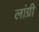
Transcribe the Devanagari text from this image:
लांग्री